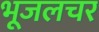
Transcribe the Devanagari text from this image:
भूजलचर